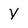
Character: Y